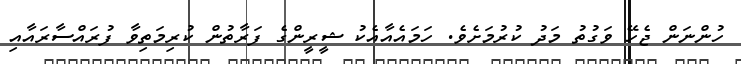
ހުންނަން ޖެހޭ ވަގުތު މަދު ކުރުމަށެވެ. ހަމައެއާއެކު ޝީރީންގެ ފަރާތުން ކުރިމަތިވާ ފުރައްސާރައާއި